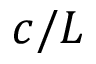
c / L